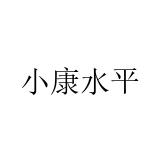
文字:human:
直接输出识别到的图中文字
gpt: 小康水平